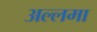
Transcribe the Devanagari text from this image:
अल्‍लमा